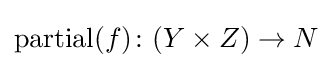
{\text{partial}}(f)\colon (Y\times Z)\to N